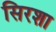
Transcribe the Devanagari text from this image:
सिरशा